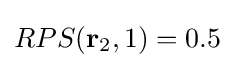
RPS(\mathbf {r} _{2},1)=0.5